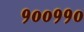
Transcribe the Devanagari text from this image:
१००११०